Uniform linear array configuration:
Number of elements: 12
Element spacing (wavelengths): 1
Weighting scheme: cosine
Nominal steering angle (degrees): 0
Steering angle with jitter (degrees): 1.89
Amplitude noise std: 0.05
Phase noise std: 0.05

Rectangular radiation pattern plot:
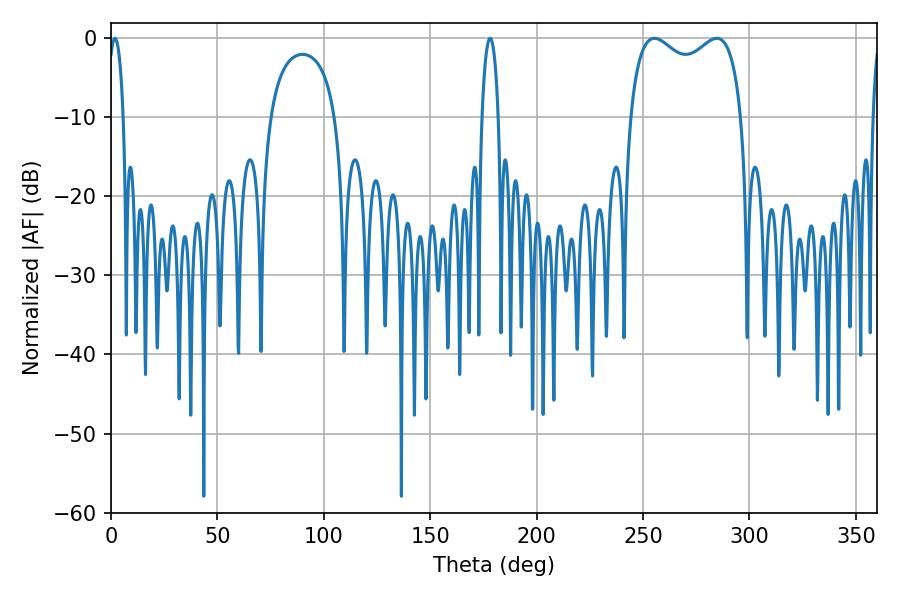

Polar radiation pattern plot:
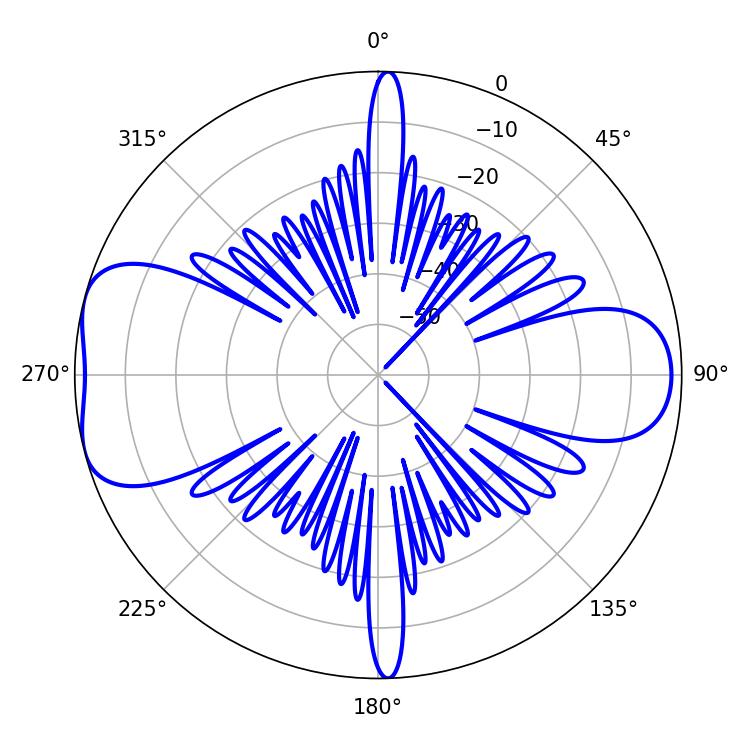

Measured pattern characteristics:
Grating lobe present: TRUE
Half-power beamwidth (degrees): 43.56
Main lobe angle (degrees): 255.42